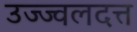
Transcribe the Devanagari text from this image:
उज्ज्वलदत्त